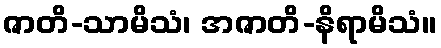
ဇာတိ-သာမိသံ၊ အဇာတိ-နိရာမိသံ။